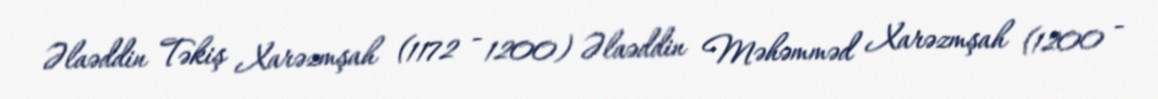
Əlaəddin Təkiş Xarəzmşah (1172 - 1200) Əlaəddin Məhəmməd Xarəzmşah (1200 -